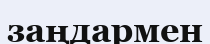
заңдармен